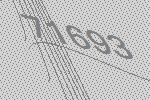
71693